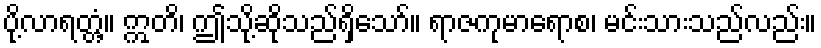
ပို့လာရတ္တံ့။ ဣတိ၊ ဤသို့ဆိုသည်ရှိသော်။ ရာဇကုမာရောစ၊ မင်းသားသည်လည်း။